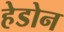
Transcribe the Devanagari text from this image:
हेडोन